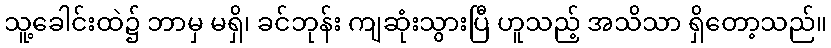
သူ့ခေါင်းထဲ၌ ဘာမှ မရှိ၊ ခင်ဘုန်း ကျဆုံးသွားပြီ ဟူသည့် အသိသာ ရှိတော့သည်။